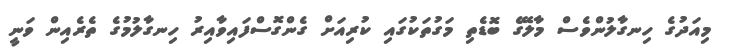
މިއަދުގެ ހިނގާލުންވެސް މާލޭގެ ބޮޑެތި މަގުތަކުގައި ކުރިއަށް ގެންގޮސްފައިވާއިރު ހިނގާލުމުގެ ތެރެއިން ވަނީ